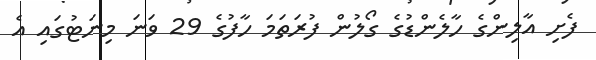
ފެށި އާލިންގެ ހާލެންޑުގެ ގޯލުން ފުރަތަމަ ހާފުގެ 29 ވަނަ މިނަޓުގައި އެ